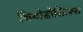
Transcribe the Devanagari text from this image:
थियोडोसिअस